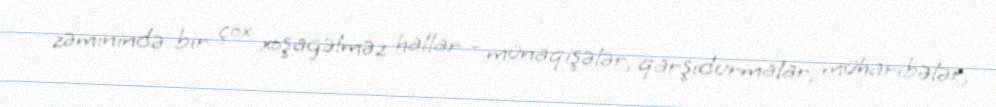
zəminində bir çox xoşagəlməz hallar - münaqişələr, qarşıdurmalar, müharibələr,